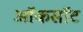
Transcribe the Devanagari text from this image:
ऑकसॉट